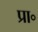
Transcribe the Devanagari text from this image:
प्रा॰